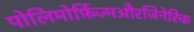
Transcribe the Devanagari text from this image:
पोलिमोर्फ़िज्मऔरजिनेरिक